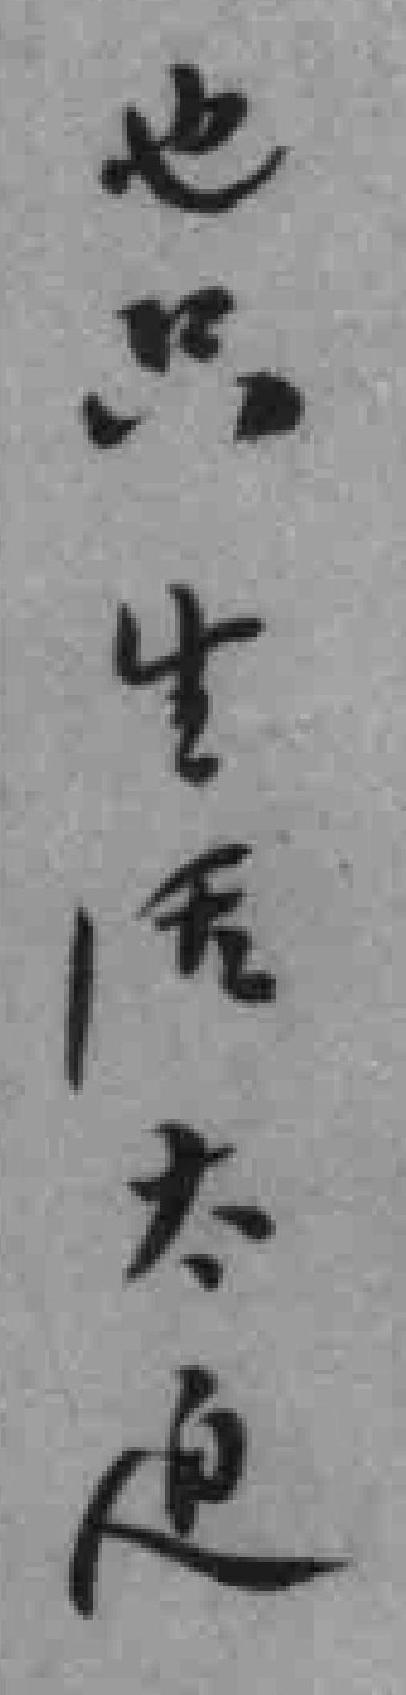
也只生活太迫